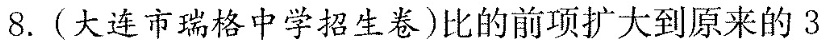
8.(大连市瑞格中学招生卷)比的前项扩大到原来的3